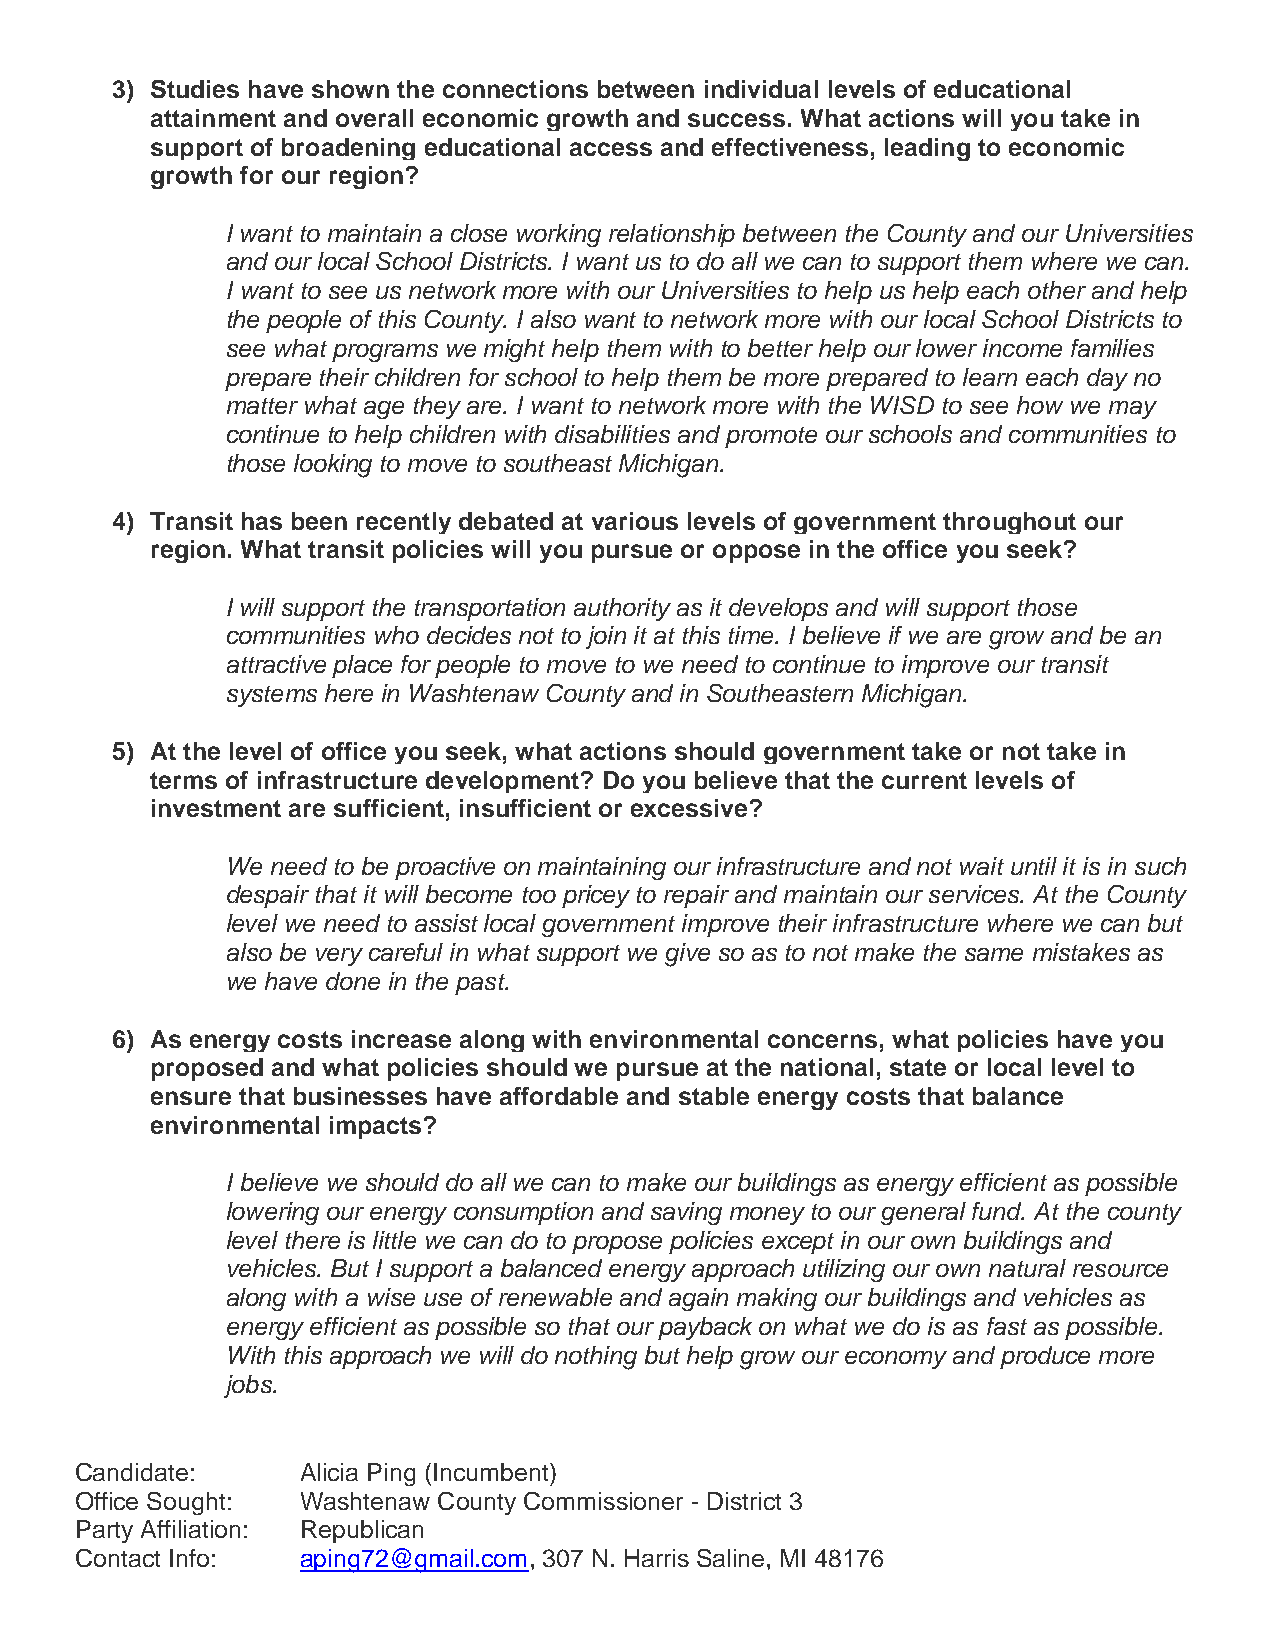
3) Studies have shown the connections between individual levels of educational
 attainment and overall economic growth and success. What actions will you take in
 support of broadening educational access and effectiveness, leading to economic
 growth for our region?
 I want to maintain a close working relationship between the County and our Universities
 and our local School Districts. I want us to do all we can to support them where we can.
 I want to see us network more with our Universities to help us help each other and help
 the people of this County. I also want to network more with our local School Districts to
 see what programs we might help them with to better help our lower income families
 prepare their children for school to help them be more prepared to learn each day no
 matter what age they are. I want to network more with the WISD to see how we may
 continue to help children with disabilities and promote our schools and communities to
 those looking to move to southeast Michigan.
 4) Transit has been recently debated at various levels of government throughout our
 region. What transit policies will you pursue or oppose in the office you seek?
 I will support the transportation authority as it develops and will support those
 communities who decides not to join it at this time. I believe if we are grow and be an
 attractive place for people to move to we need to continue to improve our transit
 systems here in Washtenaw County and in Southeastern Michigan.
 5) At the level of office you seek, what actions should government take or not take in
 terms of infrastructure development? Do you believe that the current levels of
 investment are sufficient, insufficient or excessive?
 We need to be proactive on maintaining our infrastructure and not wait until it is in such
 despair that it will become too pricey to repair and maintain our services. At the County
 level we need to assist local government improve their infrastructure where we can but
 also be very careful in what support we give so as to not make the same mistakes as
 we have done in the past.
 6) As energy costs increase along with environmental concerns, what policies have you
 proposed and what policies should we pursue at the national, state or local level to
 ensure that businesses have affordable and stable energy costs that balance
 environmental impacts?
 I believe we should do all we can to make our buildings as energy efficient as possible
 lowering our energy consumption and saving money to our general fund. At the county
 level there is little we can do to propose policies except in our own buildings and
 vehicles. But I support a balanced energy approach utilizing our own natural resource
 along with a wise use of renewable and again making our buildings and vehicles as
 energy efficient as possible so that our payback on what we do is as fast as possible.
 With this approach we will do nothing but help grow our economy and produce more
 jobs.
 Candidate:     Alicia Ping (Incumbent)
 Office Sought: Washtenaw County Commissioner - District 3
 Party Affiliation: Republican
 Contact Info:  aping72@gmail.com, 307 N. Harris Saline, MI 48176